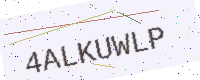
Text: 4ALKUWLP